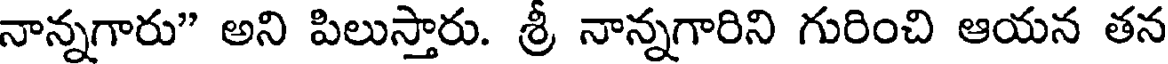
నాన్నగారు" అని పిలుస్తారు. శ్రీ నాన్నగారిని గురించి ఆయన తన